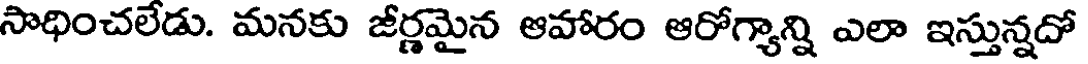
సాధించలేడు. మనకు జీర్ణమైన ఆహారం ఆరోగ్యాన్ని ఎలా ఇస్తున్నదో